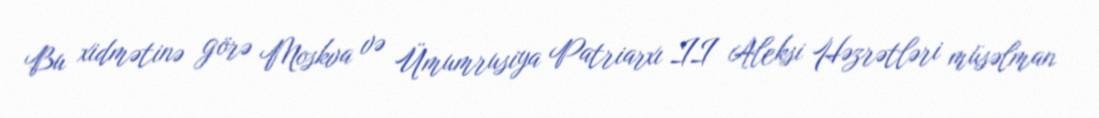
Bu xidmətinə görə Moskva və Ümumrusiya Patriarxı II Aleksi Həzrətləri müsəlman